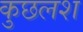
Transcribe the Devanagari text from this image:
कुछलश